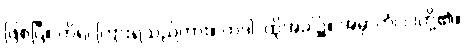
ဖြစ်ပြီ။ ကိရ၊ ကြားရသည်ကား။ တဒါ၊ ထိုအခါ၌။ အမှာကံ၊ ငါတို့၏။